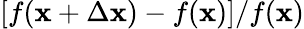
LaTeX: [f(\mathbf{x}+\Delta\mathbf{x})-f(\mathbf{x})]/f(\mathbf{x})